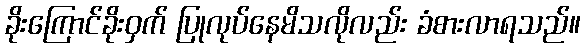
ခိုးကြောင်ခိုးဝှက် ပြုလုပ်နေမိသလိုလည်း ခံစားလာရသည်။